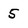
Character: 5